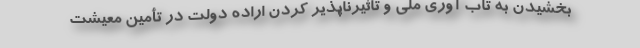
بخشیدن به تاب آوری ملی و تاثیرناپذیر کردن اراده دولت در تأمین معیشت